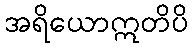
အရိယောဣတိပိ